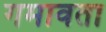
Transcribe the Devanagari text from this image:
गमावता